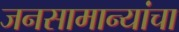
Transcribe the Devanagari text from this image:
जनसामान्यांचा